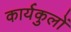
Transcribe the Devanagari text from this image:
कार्यकुलों